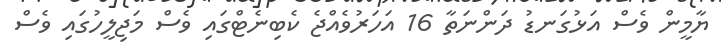
ޔާމީން ވެސް އަޅުގަނޑު ދަންނަތާ 16 އަހަރުވެއްޖެ ކެބިނެޓްގައި ވެސް މަޖިލީހުގައި ވެސް